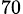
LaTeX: _{70}